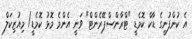
އެ ކުންފުނީގެ ޑާކް ކޮމެޑީ "ޓްރާންސްޕޭރެންޓް" ވަނީ އެންމެ މޮޅު ކޮމެޑީ/ މިއުޒިކަލް